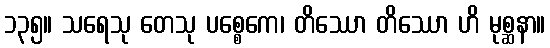
၁၃၅။ သရေသု တေသု ပစ္စေကေ၊ တိဿော တိဿော ဟိ မုစ္ဆနာ။